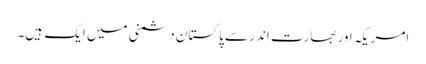
امریکہ اور بھارت اندر سے پاکستان دشمنی میں ایک ہیں۔